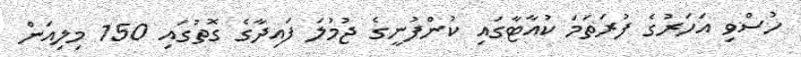
ހުސްވި އަހަރުގެ ފުރަތަމަ ކުއާޓާގައި ކުންފުނީގެ ޖުމުލަ ފައިދާގެ ގޮތުގައި 150 މިލިއަން